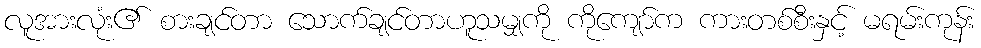
လူအားလုံး၏ စားချင်တာ သောက်ချင်တာဟူသမျှကို ကိုကျော်က ကားတစ်စီးနှင့် မရမ်းကုန်း